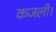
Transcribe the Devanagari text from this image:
कजली।